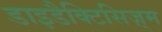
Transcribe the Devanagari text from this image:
डाइडैक्टिसिज़्म